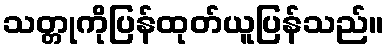
သတ္တုကိုပြန်ထုတ်ယူပြန်သည်။